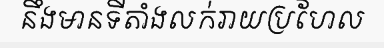
នឹងមានទីតាំងលក់រាយប្រហែល